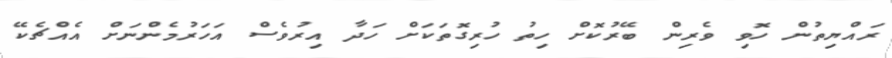
ރައްޔިތުން ހޮވި ވެރިން ބޭރުކޮށް ހިތު ހުރިގޮތަކަށް ހަދާ އިރުވެސް އަހަރުމެންނަށް އެއްޗެކޭ